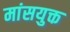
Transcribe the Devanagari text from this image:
मांसयुक्त